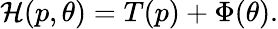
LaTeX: \begin{array}{r}{\mathcal{H}(p,\theta)=T(p)+\Phi(\theta).}\end{array}